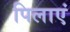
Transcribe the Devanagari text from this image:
पिलाएं